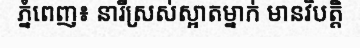
ភ្នំពេញ៖ នារីស្រស់ស្អាតម្នាក់ មានវិបត្តិ